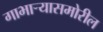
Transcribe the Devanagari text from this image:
गाभार्‍यासमोरील